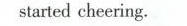
started cheering